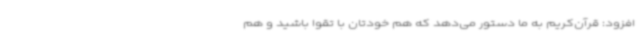
افزود: قرآن‌کریم به ما دستور می‌دهد که هم خودتان با تقوا باشید و هم